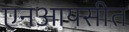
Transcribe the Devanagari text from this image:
एनआयसीत